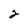
Character: 2